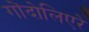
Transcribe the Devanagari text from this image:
गोंदोलिएरे